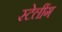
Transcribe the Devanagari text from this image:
स्टेलींग